Annual report of the Imperial Bacteriological Laboratory, Muktesar
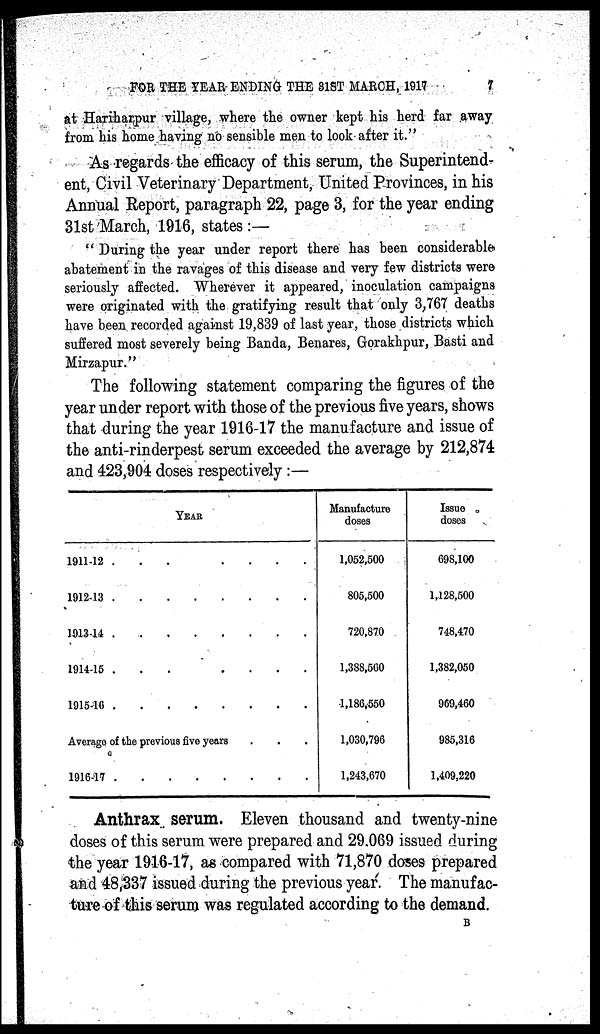
FOR THE YEAR- ENDING THE 31ST MARCH,
1917
7
at Hariharpur village, where the owner kept his herd far away
from his home having no sensible men to look after it."
As regards the efficacy of this serum, the Superintend-
ent, Civil Veterinary Department, United Provinces, in his
Annual Report, paragraph 22, page 3, for the year ending
31st March, 1916, states :—
" During the year under report there has been considerable
abatement in the ravages of this disease and very few districts were
seriously affected. Wherever it appeared, inoculation campaigns
were originated with the gratifying result that only 3,767 deaths
have been recorded against 19,839 of last year, those districts which
suffered most severely being Banda, Benares, Gorakhpur, Basti and
Mirzapur."
The following statement comparing the figures of the
year under report with those of the previous five years, shows
that during the year 1916-17 the manufacture and issue of
the anti-rinderpest serum exceeded the average by 212,874
and 423,904 doses respectively:—
YEAR
1911-12 ...
....
1912-13
1913-14
1914-15 ...
....
1915-16
Average of the previous five years
1916-17
Manufacture
doses
1,052,500
805,500
720,870
1,388,560
1,186,550
1,030,796
1,243,670
Issue
doses
698,100
1,128,500
748,470
1,382,050
969,460
985,316
1,409,220
Anthrax serum. Eleven thousand and twenty-nine
doses of this serum were prepared and 29.069 issued during
the year 1916-17, as compared with 71,870 doses prepared
and 48,337 issued during the previous year. The manufac-
ture of this serum was regulated according to the demand.
B